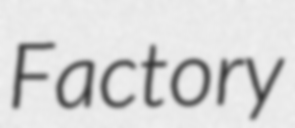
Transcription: Factory